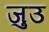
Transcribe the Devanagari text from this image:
जुउ